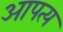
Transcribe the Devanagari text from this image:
आपत्य